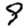
Digit: 9